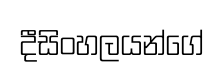
දීසිංහලයන්ගේ